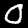
Label: 0